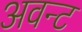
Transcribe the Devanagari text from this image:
अवन्ट